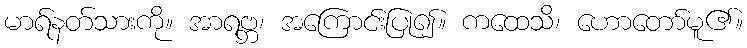
မာရ်နတ်သားကို။ အာရဗ္ဘ၊ အကြောင်းပြု၍။ ကထေသိ၊ ဟောတော်မူ၏။